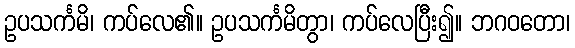
ဥပသင်္ကမိ၊ ကပ်လေ၏။ ဥပသင်္ကမိတွာ၊ ကပ်လေပြီး၍။ ဘဂဝတော၊